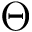
\Theta